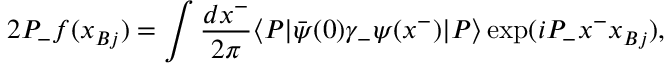
2 P _ { - } f ( x _ { B j } ) = \int \frac { d x ^ { - } } { 2 \pi } \langle P | \bar { \psi } ( 0 ) \gamma _ { - } \psi ( x ^ { - } ) | P \rangle \exp ( i P _ { - } x ^ { - } x _ { B j } ) ,